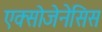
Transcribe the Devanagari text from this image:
एक्सोजेनेसिस